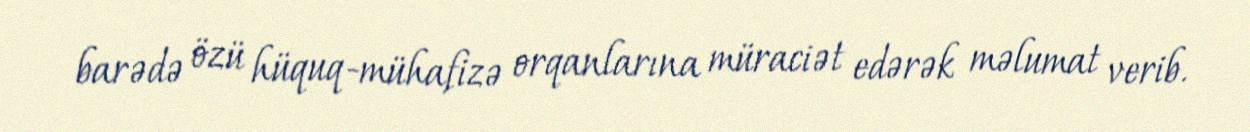
barədə özü hüquq-mühafizə orqanlarına müraciət edərək məlumat verib.